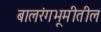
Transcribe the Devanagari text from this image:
बालरंगभूमीतील